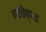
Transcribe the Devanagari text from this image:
नववैष्णव